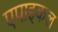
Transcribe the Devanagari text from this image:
एपाइकल